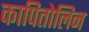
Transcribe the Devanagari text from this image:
कापितोलिन